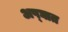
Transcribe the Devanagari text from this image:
अप्घात